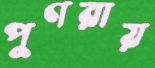
পুণরায়